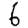
Digit: 6